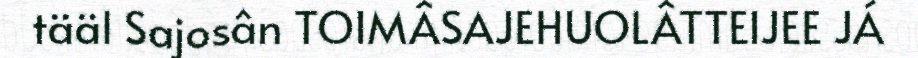
tääl Sajosân TOIMÂSAJEHUOLÂTTEIJEE JÁ